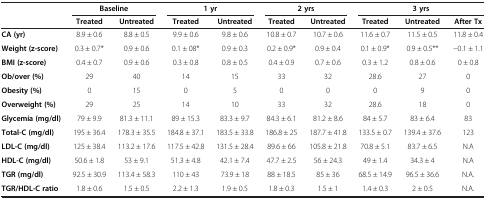
<table><thead><tr><td><b> </b></td><td colspan="2"><b>Baseline</b></td><td colspan="2"><b>1 yr</b></td><td colspan="2"><b>2 yrs</b></td><td colspan="3"><b>3 yrs</b></td></tr><tr><td><b> </b></td><td><b>Treated</b></td><td><b>Untreated</b></td><td><b>Treated</b></td><td><b>Untreated</b></td><td><b>Treated</b></td><td><b>Untreated</b></td><td><b>Treated</b></td><td><b>Untreated</b></td><td><b>After Tx</b></td></tr></thead><tbody><tr><td><b>CA (yr)</b></td><td>8.9 ± 0.6</td><td>8.8 ± 0.5</td><td>9.9 ± 0.6</td><td>9.8 ± 0.6</td><td>10.8 ± 0.7</td><td>10.7 ± 0.6</td><td>11.6 ± 0.7</td><td>11.5 ± 0.5</td><td>11.8 ± 0.4</td></tr><tr><td><b>Weight (z-score)</b></td><td>0.3 ± 0.7*</td><td>0.9 ± 0.6</td><td>0.1 ± 08*</td><td>0.9 ± 0.3</td><td>0.2 ± 0.9*</td><td>0.9 ± 0.4</td><td>0.1 ± 0.9*</td><td>0.9 ± 0.5**</td><td>-0.1 ± 1.1</td></tr><tr><td><b>BMI (z-score)</b></td><td>0.4 ± 0.7</td><td>0.9 ± 0.6</td><td>0.3 ± 0.8</td><td>0.8 ± 0.5</td><td>0.4 ± 0.9</td><td>0.7 ± 0.6</td><td>0.3 ± 1.2</td><td>0.8 ± 0.6</td><td>0 ± 0.8</td></tr><tr><td><b>Ob/over (%)</b></td><td>29</td><td>40</td><td>14</td><td>15</td><td>33</td><td>32</td><td>28.6</td><td>27</td><td>0</td></tr><tr><td><b>Obesity (%)</b></td><td>0</td><td>15</td><td>0</td><td>5</td><td>0</td><td>0</td><td>0</td><td>9</td><td>0</td></tr><tr><td><b>Overweight (%)</b></td><td>29</td><td>25</td><td>14</td><td>10</td><td>33</td><td>32</td><td>28.6</td><td>18</td><td>0</td></tr><tr><td><b>Glycemia (mg/dl)</b></td><td>79 ± 9.9</td><td>81.3 ± 11.1</td><td>89 ± 15.3</td><td>83.3 ± 9.7</td><td>84.3 ± 6.1</td><td>81.2 ± 8.6</td><td>84 ± 5.7</td><td>83 ± 6.4</td><td>83</td></tr><tr><td><b>Total-C (mg/dl)</b></td><td>195 ± 36.4</td><td>178.3 ± 35.5</td><td>184.8 ± 37.1</td><td>183.5 ± 33.8</td><td>186.8 ± 25</td><td>187.7 ± 41.8</td><td>133.5 ± 0.7</td><td>139.4 ± 37.6</td><td>123</td></tr><tr><td><b>LDL-C (mg/dl)</b></td><td>125 ± 38.4</td><td>113.2 ± 17.6</td><td>117.5 ± 42.8</td><td>131.5 ± 28.4</td><td>89.6 ± 66</td><td>105.8 ± 21.8</td><td>70.8 ± 5.1</td><td>83.7 ± 6.5</td><td>N.A</td></tr><tr><td><b>HDL-C (mg/dl)</b></td><td>50.6 ± 1.8</td><td>53 ± 9.1</td><td>51.3 ± 4.8</td><td>42.1 ± 7.4</td><td>47.7 ± 2.5</td><td>56 ± 24.3</td><td>49 ± 1.4</td><td>34.3 ± 4</td><td>N.A</td></tr><tr><td><b>TGR (mg/dl)</b></td><td>92.5 ± 30.9</td><td>113.4 ± 58.3</td><td>110 ± 43</td><td>73.9 ± 18</td><td>88 ± 18.5</td><td>85 ± 36</td><td>68.5 ± 14.9</td><td>96.5 ± 36.6</td><td>N.A.</td></tr><tr><td><b>TGR/HDL-C ratio</b></td><td>1.8 ± 0.6</td><td>1.5 ± 0.5</td><td>2.2 ± 1.3</td><td>1.9 ± 0.5</td><td>1.8 ± 0.3</td><td>1.5 ± 1</td><td>1.4 ± 0.3</td><td>2 ± 0.5</td><td>N.A.</td></tr></tbody></table>